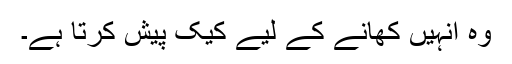
وہ انہیں کھانے کے لیے کیک پیش کرتا ہے۔